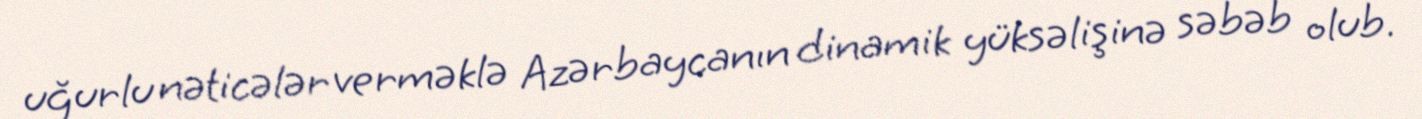
uğurlu nəticələr verməklə Azərbaycanın dinamik yüksəlişinə səbəb olub.